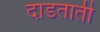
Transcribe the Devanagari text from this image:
दाडताती